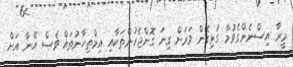
މީރާ އިސްނެންގެވުމާ ގުޅިގެން ވަރަށް ގިނަ ގޮންޖެހުންތަކާއި އިމްތިހާނުތައް ވެސް އޭނާ އަށް